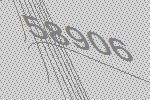
58906